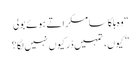
“ وہ ہلکا سا مسکراتے ہوئے بولی
” کیوں، تمہیں ڈر کیوں نہیں لگا؟